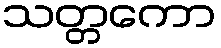
သတ္တကော